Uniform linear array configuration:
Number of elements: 48
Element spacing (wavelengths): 0.25
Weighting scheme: exponential
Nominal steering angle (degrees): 0
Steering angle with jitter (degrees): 1.364
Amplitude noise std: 0.05
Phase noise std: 0.05

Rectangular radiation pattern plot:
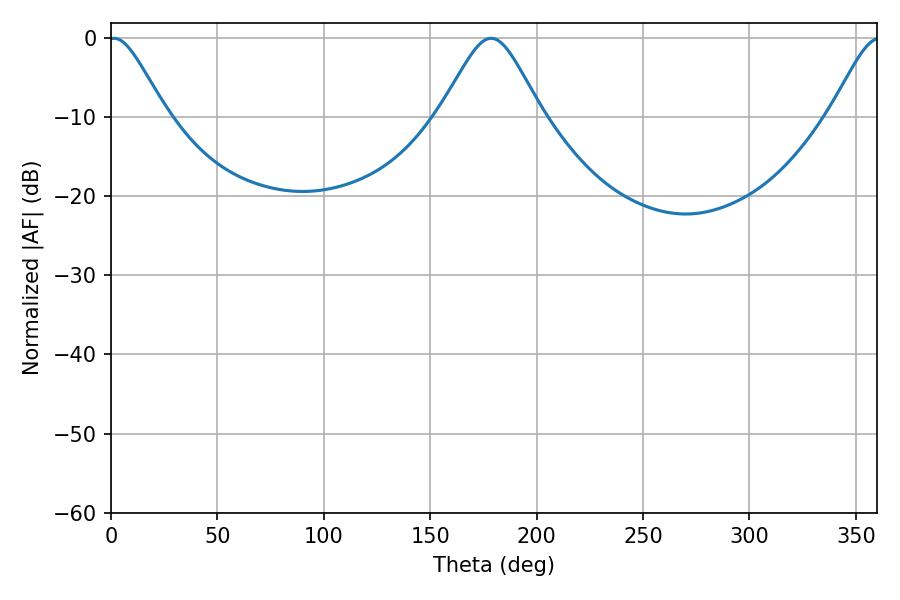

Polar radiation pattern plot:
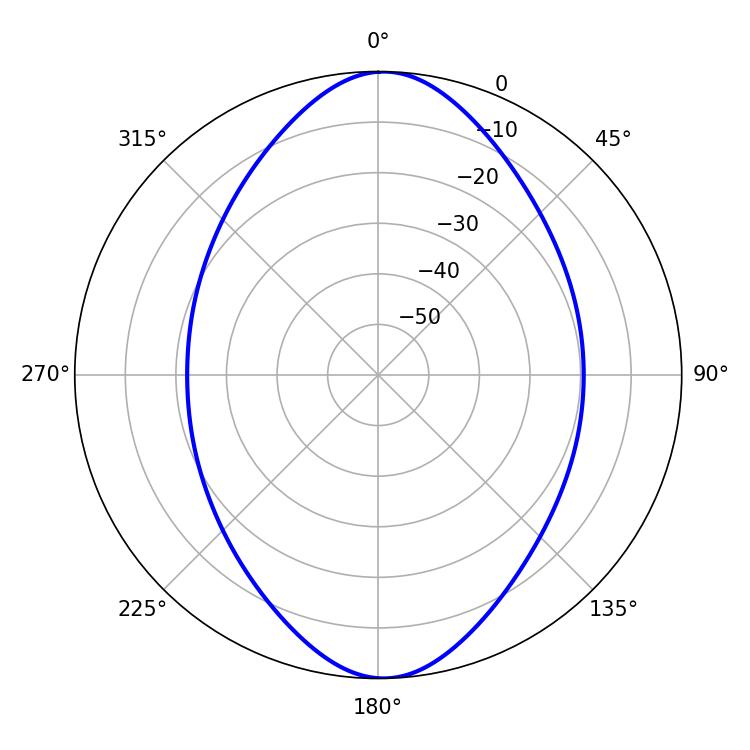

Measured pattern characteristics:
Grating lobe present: FALSE
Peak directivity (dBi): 17.421
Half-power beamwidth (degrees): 12.96
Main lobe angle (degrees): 1.44